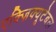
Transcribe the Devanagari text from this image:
एक्ज़िक्यूटेबल